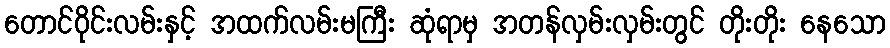
တောင်ဝိုင်းလမ်းနှင့် အထက်လမ်းမကြီး ဆုံရာမှ အတန်လှမ်းလှမ်းတွင် တိုးတိုး နေသော